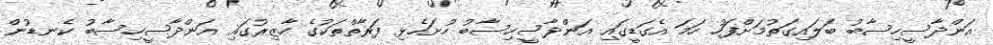
އަންދާސީހިސާބު ބަލައިގަތުމަށްފަހު ހަމަ އެގަޑީގައި އަންދާސީހިސާބު ހުށަހެޅި ފަރާތްތަކުގެ ހާޒިރުގައި އަންދާސީހިސާބު ކެނޑުން